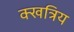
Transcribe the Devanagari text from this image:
क्खत्रिय